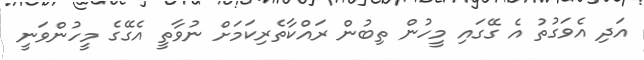
އަދި އެވަގުތު އެ ގޭގައި މީހުން ތިބުން ރައްކާތެރިކަމަށް ނުވާތީ އެގޭގެ މީހުންވަނީ